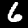
Label: 6